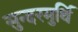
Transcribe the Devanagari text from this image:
सुन्दरमुर्थि